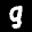
Label: 9